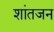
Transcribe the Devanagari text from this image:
शांतजन